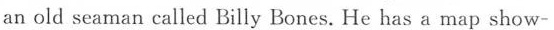
an old seaman called Billy Bones. He has a map show-